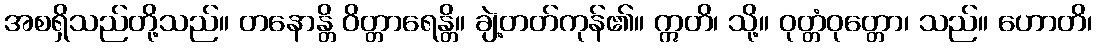
အစရှိသည်တို့သည်။ တနောန္တိ ဝိတ္တာရေန္တိ။ ချဲ့တတ်ကုန်၏။ ဣတိ၊ သို့။ ဝုတ္တံဝုတ္တော၊ သည်။ ဟောတိ၊